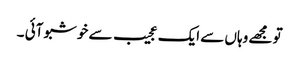
تو مجھے وہاں سے ایک عجیب سے خوشبو آئی ۔